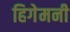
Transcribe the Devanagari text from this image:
हिगेमनी